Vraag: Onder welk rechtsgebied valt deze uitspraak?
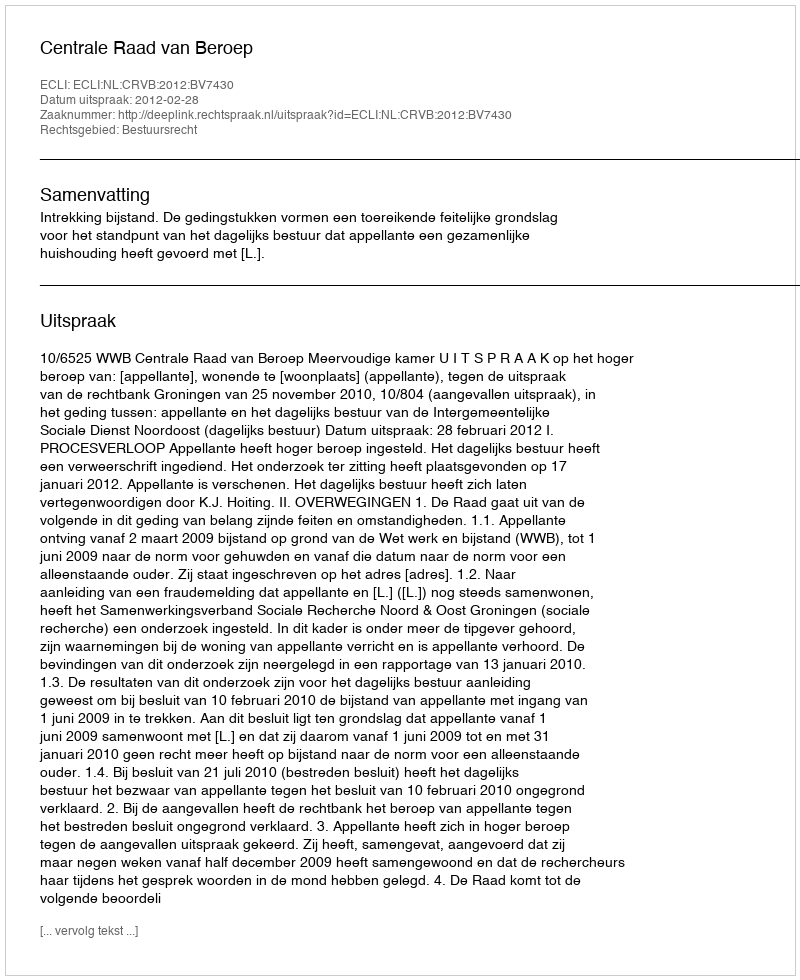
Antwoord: Bestuursrecht